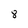
Character: 8